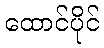
ထောင်ပိုင်